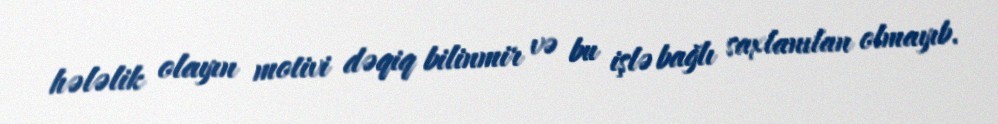
hələlik olayın motivi dəqiq bilinmir və bu işlə bağlı saxlanılan olmayıb.